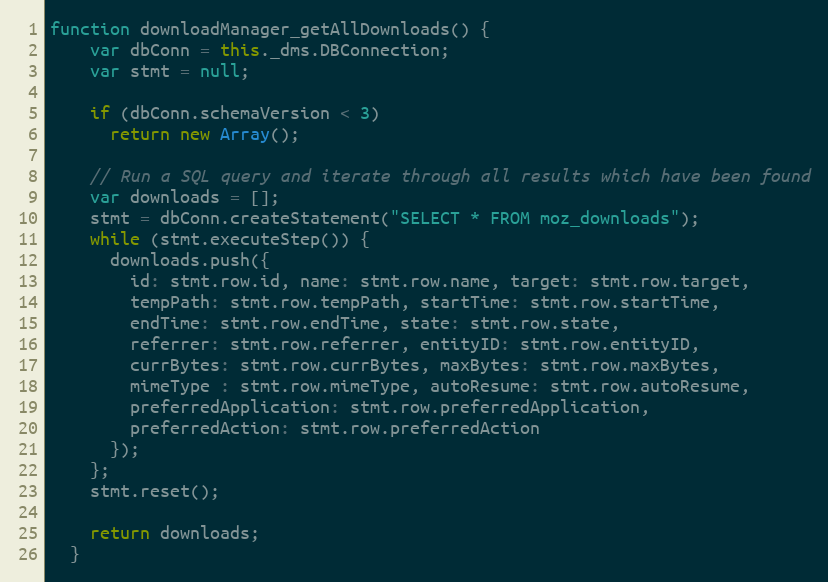
Language: JavaScript
function downloadManager_getAllDownloads() {
    var dbConn = this._dms.DBConnection;
    var stmt = null;

    if (dbConn.schemaVersion < 3)
      return new Array();

    // Run a SQL query and iterate through all results which have been found
    var downloads = [];
    stmt = dbConn.createStatement("SELECT * FROM moz_downloads");
    while (stmt.executeStep()) {
      downloads.push({
        id: stmt.row.id, name: stmt.row.name, target: stmt.row.target,
        tempPath: stmt.row.tempPath, startTime: stmt.row.startTime,
        endTime: stmt.row.endTime, state: stmt.row.state,
        referrer: stmt.row.referrer, entityID: stmt.row.entityID,
        currBytes: stmt.row.currBytes, maxBytes: stmt.row.maxBytes,
        mimeType : stmt.row.mimeType, autoResume: stmt.row.autoResume,
        preferredApplication: stmt.row.preferredApplication,
        preferredAction: stmt.row.preferredAction
      });
    };
    stmt.reset();

    return downloads;
  }